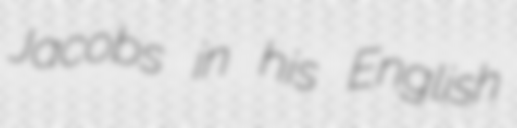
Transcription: Jacobs in his English